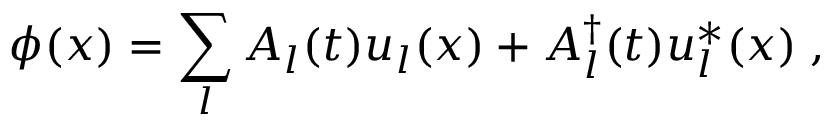
\phi ( x ) = \sum _ { l } A _ { l } ( t ) u _ { l } ( x ) + A _ { l } ^ { \dagger } ( t ) u _ { l } ^ { * } ( x ) \; ,